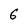
Character: 6